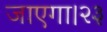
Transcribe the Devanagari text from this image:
जाएगा।२३